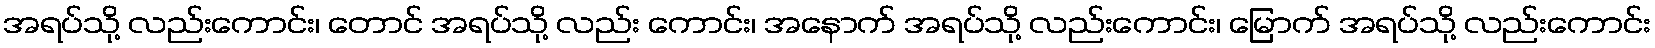
အရပ်သို့ လည်းကောင်း၊ တောင် အရပ်သို့ လည်း ကောင်း၊ အနောက် အရပ်သို့ လည်းကောင်း၊ မြောက် အရပ်သို့ လည်းကောင်း